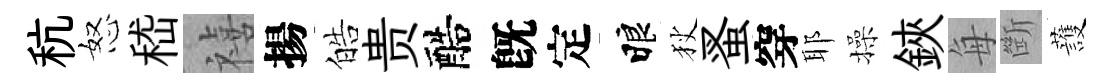
秔怒嵇禧揚皓贵醅旣定睱狄蚤穿耶操鋏每㫁䕶